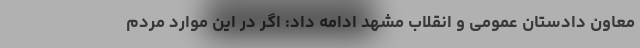
معاون دادستان عمومی و انقلاب مشهد ادامه داد: اگر در این موارد مردم